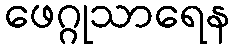
ဖေဂ္ဂုသာရေန